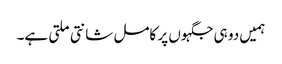
ہمیں دو ہی جگہوں پر کامل شانتی ملتی ہے۔